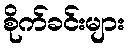
စိုက်ခင်းများ